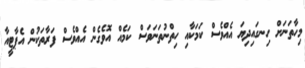
މިހާތަނަށް ހިނގައިދިޔަ އެއްވެސް ކަމަކާއި ހިތްނުތަނަވަސް ކަމެއް އޮވެގެން އެއްވެސް ފަރާތަކުން އެޕާޓީއާ